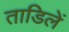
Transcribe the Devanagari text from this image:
ताडिलें